Indian journal of veterinary science and animal husbandry - Volume 1,
Year: 1931
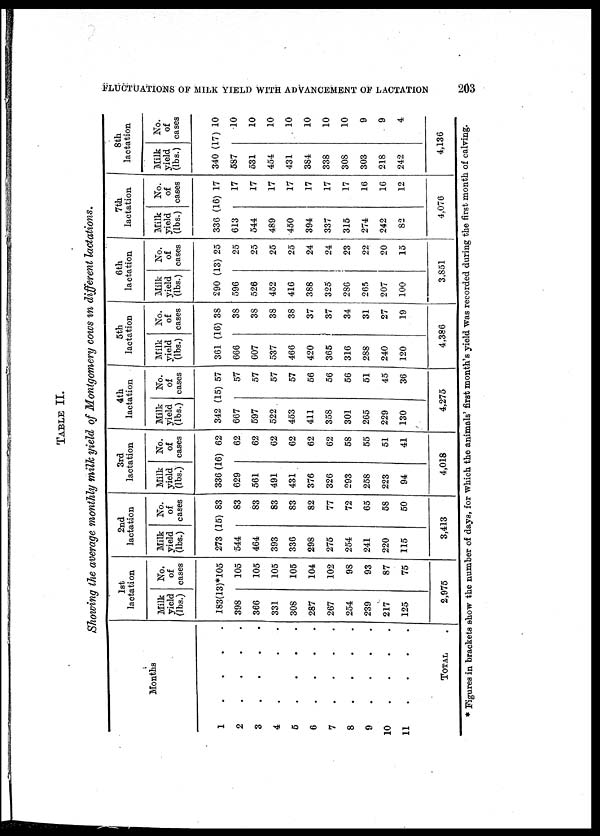
FLUCTUATIONS OF MILK YIELD WITH ADVANCEMENT OF LACTATION
203
Showing the average monthly milk yield of Montgomery cows in different lactations.
Months
1
2
3
4
5
6
7
8
9
10
11
.
.
.
.
.
.
.
.
.
.
.
.
.
.
.
.
.
.
.
.
.
.
TOTAL
1st
lactation
Milk
yield
(lbs.)
No.
of
cases
183(13)*105
398
366
331
308
287
267
254
239
217
125
2,975
105
105
105
105
104
102
98
93
87
75
2nd
lactation
Milk
yield
(lbs.)
No.
of
cases
273 (15) 83
544
464
393
336
298
275
254
241
220
115
3,413
83
83
83
83
82
77
72
65
58
50
3rd
lactation
Milk
yield
(lbs.)
No.
of
cases
336 (16) 62
629
561
491
431
376
326
293
258
223
94
62
62
62
62
62
62
58
55
51
41
4,018
4th
lactation
Milk
yield
(lbs.)
No.
of
cases
342 (15) 57
667
597
522
453
411
358
301
265
229
130
57
57
57
57
56
56
56
51
45
36
4,275
5th
lactation
Milk
yield
(lbs.)
No.
of
cases
361 (16) 38
666
607
537
466
420
365
316
288
240
120
38
38
38
38
37
37
34
31
27
19
4,386
6th
lactation
Milk
yield
(lbs.)
No.
of
cases
290 (13) 25
596
526
452
416
388
325
286
265
207
100
25
25
25
25
24
24
23
22
20
15
3,851
7th
lactation
Milk
yield
(lbs.)
No.
of
cases
336 (16) 17
613
544
489
450
394
337
315
274
242
82
4,076
17
17
17
17
17
17
17
16
16
12
8th
lactation
Milk
yield
(lbs.)
No.
of
cases
340 (17) 10
587
531
454
431
384
338
308
303
218
242
10
10
10
10
10
10
10
9
9
4
4,136
* Figures in brackets show the number of days, for which the animals' first month's yield was recorded during the first month of calving.